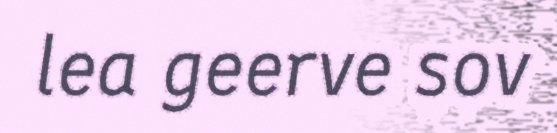
lea geerve sov